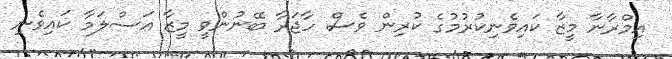
އިމްރާނާ މީޒާ ކައިވެނިކުރުމުގެ ކުރިން ވެސް ހާޖަރާ ބޭނުންވީ މީޒާ އަސްލަމާ ކައިވެނި